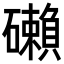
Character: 𥗓